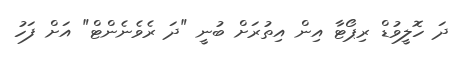
ދަ ހޮލީވުޑް ރިޕޯޓާ އިން އިތުރަށް ބުނީ "ދަ ރެވެނެންޓް" އަށް ފަހު